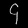
Digit: ၄